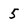
Character: 5